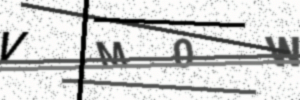
Text: VM0W